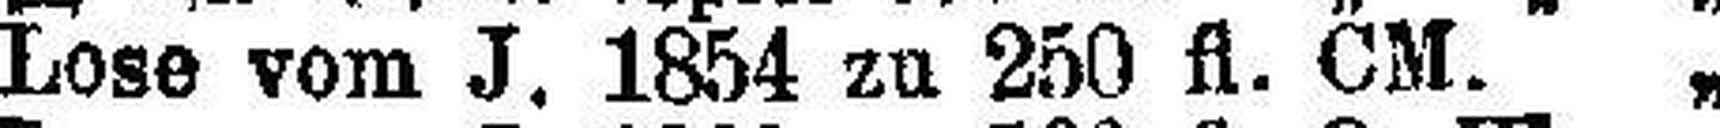
Lose vom J. 1854 zu 250 fl. CM. „